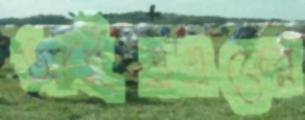
আইএএফের